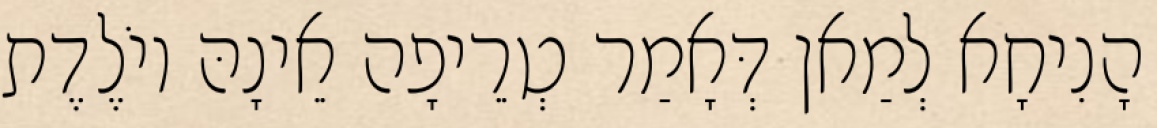
הָנִיחָא לְמַאן דְּאָמַר טְרֵיפָה אֵינָהּ יוֹלֶדֶת